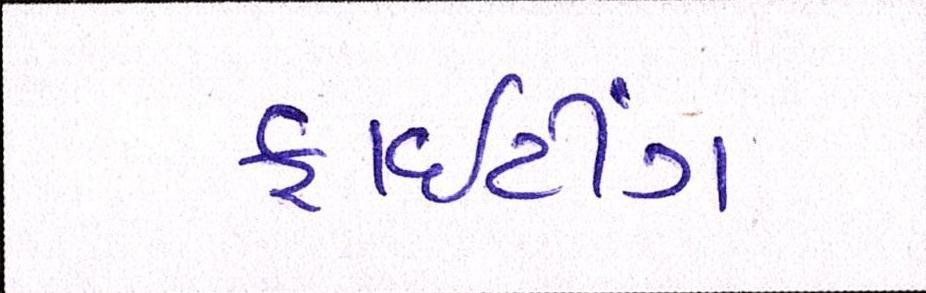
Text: ફાઈટીંગ